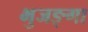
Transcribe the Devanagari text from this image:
भुजङ्गा